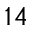
1 4